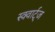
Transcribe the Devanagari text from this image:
स्क्वार्ट्ज